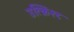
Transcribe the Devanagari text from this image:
उत्क्रिश्ट